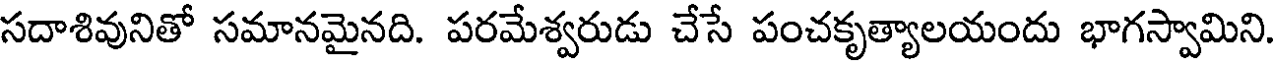
సదాశివునితో సమానమైనది. పరమేశ్వరుడు చేసే పంచకృత్యాలయందు భాగస్వామిని